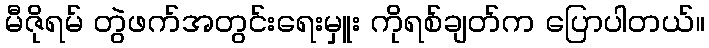
မီဇိုရမ် တွဲဖက်အတွင်းရေးမှူး ကိုရစ်ချတ်က ပြောပါတယ်။